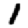
Digit: 1